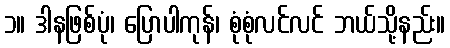
၁။ ဒါနဖြစ်ပုံ၊ ပြောပါကုန်၊ စုံစုံလင်လင် ဘယ်သို့နည်း။